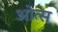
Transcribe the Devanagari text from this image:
ओत्स